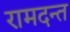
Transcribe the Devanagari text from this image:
रामदन्त